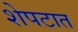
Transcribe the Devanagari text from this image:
शेपटात